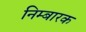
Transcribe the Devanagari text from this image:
निम्बारक